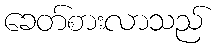
ခေတ်စားလာသည်